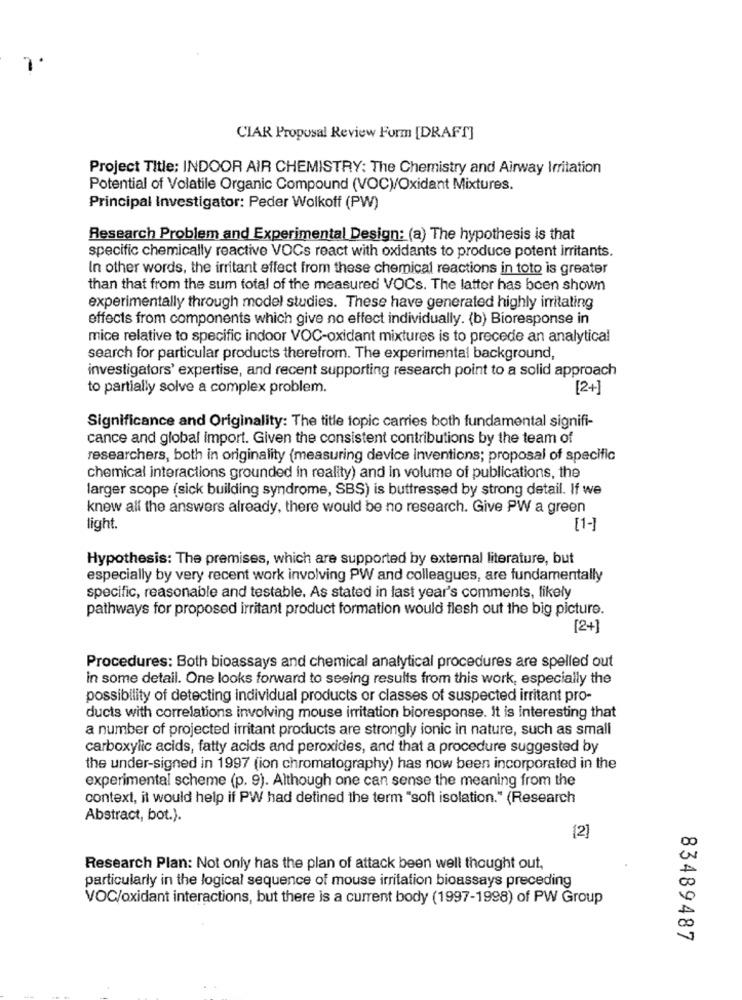
-
CIAR Proposal Review Form [DRAFT]
Project Title: INDOOR AIR CHEMISTRY: The Chemistry and Airway Irritation
Potential of Volatile Organic Compound (VOC)/Oxidant Mixtures.
Principal Investigator: Peder Wolkoff (PW)
Research Problem and Experimental Design: (a) The hypothesis is that
specific chemically reactive VOCs react with oxidants to produce potent irritants.
In other words, the irritant effect from these chemical reactions in toto is greater
than that from the sum total of the measured VOCs. The latter has been shown
experimentally through model studies. These have generated highly irritating
effects from components which give no effect individually. (b) Bioresponse in
mice relative to specific indoor VOC-oxidant mixtures is to precede an analytical
search for particular products therefrom. The experimental background,
investigators' expertise, and recent supporting research point to a solid approach
to partially solve a complex problem.
[2+]
Significance and Originality: The title topic carries both fundamental signifi-
cance and global import. Given the consistent contributions by the team of
researchers, both in originality (measuring device inventions; proposal of specific
chemical interactions grounded in reality) and in volume of publications, the
larger scope (sick building syndrome, SBS) is buttressed by strong detail. If we
knew all the answers already, there would be no research. Give PW a green
light.
[1-]
Hypothesis: The premises, which are supported by external literature, but
especially by very recent work involving PW and colleagues, are fundamentally
specific, reasonable and testable. As stated in last year's comments, likely
pathways for proposed irritant product formation would flesh out the big picture.
[2+]
Procedures: Both bioassays and chemical analytical procedures are spelled out
in some detail. One looks forward to seeing results from this work, especially the
possibility of detecting individual products or classes of suspected irritant pro-
ducts with correlations involving mouse irritation bioresponse. It is interesting that
a number of projected irritant products are strongly ionic in nature, such as small
carboxylic acids, fatty acids and peroxides, and that a procedure suggested by
the under-signed in 1997 (ion chromatography) has now been incorporated in the
experimental scheme (p. 9). Although one can sense the meaning from the
context, it would help if PW had detined the term "soft isolation." (Research
Abstract, bot.).
[2]
Research Plan: Not only has the plan of attack been well thought out,
particularly in the logical sequence of mouse irritation bioassays preceding
VOC/oxidant interactions, but there is a current body (1997-1998) of PW Group
83489487